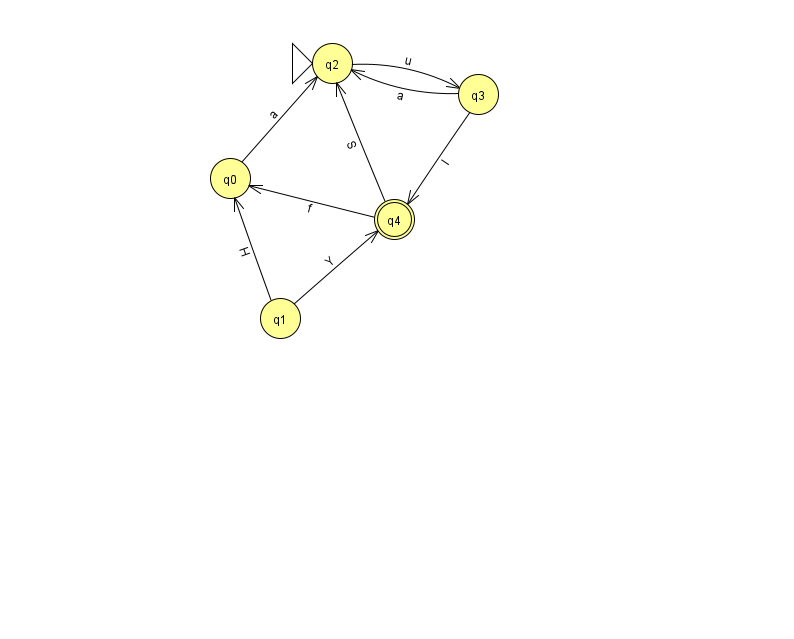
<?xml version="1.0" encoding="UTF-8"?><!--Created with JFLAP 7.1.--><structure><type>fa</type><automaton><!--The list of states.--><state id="0" name="q0"><x>230.0</x><y>165.0</y></state><state id="1" name="q1"><x>280.0</x><y>305.0</y></state><state id="2" name="q2"><x>332.0</x><y>50.0</y><initial/></state><state id="3" name="q3"><x>478.0</x><y>81.0</y></state><state id="4" name="q4"><x>394.0</x><y>206.0</y><final/></state><!--The list of transitions.--><transition><from>2</from><to>3</to><read>u</read></transition><transition><from>4</from><to>0</to><read>f</read></transition><transition><from>3</from><to>4</to><read>l</read></transition><transition><from>3</from><to>2</to><read>a</read></transition><transition><from>4</from><to>2</to><read>S</read></transition><transition><from>1</from><to>0</to><read>H</read></transition><transition><from>0</from><to>2</to><read>a</read></transition><transition><from>1</from><to>4</to><read>Y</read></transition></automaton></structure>